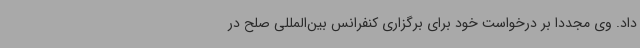
داد. وی مجددا بر درخواست خود برای برگزاری کنفرانس بین‌المللی صلح در